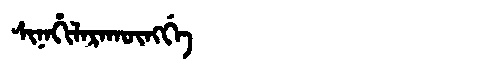
Manchu: ᠰᡳᠨᠠᡥᡳᠯᠠᡵᠠᡴᡡᠩᡤᡝ
Romanization: SINAHILARAKŪNGGE